Lunatic asylums Madras 1892-1911 - 1892-1911
Year: 1892
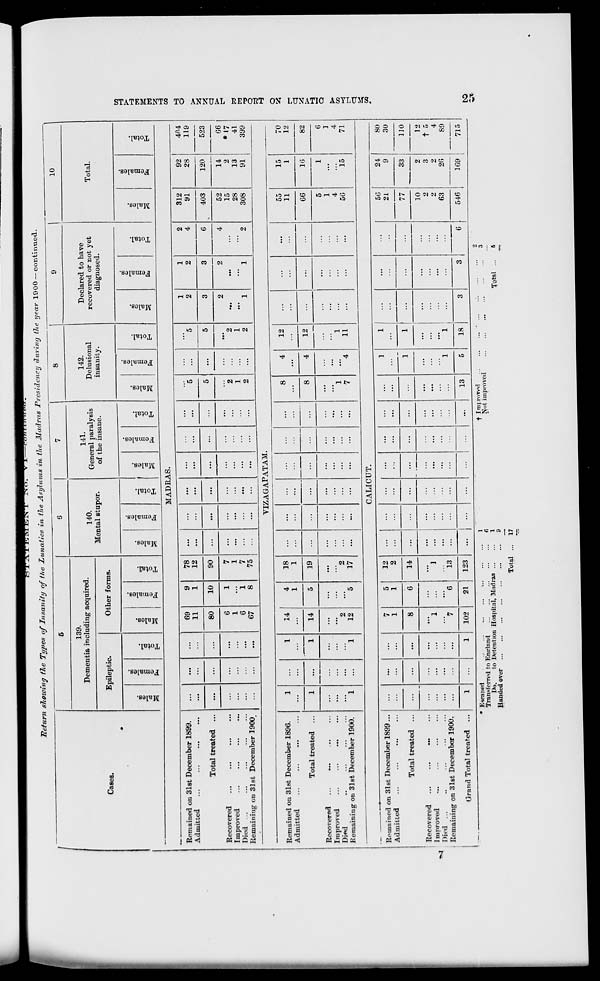
Return showing the Types of Insanity of the Lunatics in the Asylums in the Madras Presidency during the year 1900 — continued.
Cases.
139.
Dementia including acquired.
Epileptic.
D
so
Si
«3
0
-
fa
e3
-g
E-i
Other forms.
©
*3
w
o
'a
S
o
fa
o
140.
Mental stupor.
CD
O
BO
o
a
o
fa
o
H
141.
General paralysis
of the insane.
GO
1=3
_0
o
142.
Delusional
insanity.
DO
o
K
0)
'it
s c
fa
o
Declared to have
recovered or not yet
diagnosed.
CO
o
c
fa
o
10
Total.
CO
"3
MADRAS.
VIZAGAPATAM.
Remained on 31st December 1896.
Admitted
Total treated ..,
Recovered
...
...
Improved
Di«d
Remaining on 31st December 1900.
1
:::
1
1
14
4
1
18
1
...
...
...
8
4
12
1
...
14
5
19
...
...
8
4
12
...
...
...
...
...
...
...
...
...
...
...
2
...
2
...
...
...
...
1
1
1
...
l
12
5
17
...
...
...
...
...
7
4
11
55
11
G6
5
1
4
50
CALICUT.
M
Remained on 31st December 1899 ..
Admitted
Total treated ..
Recovered
Improved
I)i«-d
Remaining on 31st December 1900.
Grand Total treated ..
...
7
1
5
1
12
2
...
...
...
1
1
...
...
8
G
14
...
...
...
...
...
...
...
"l
"7
" 6
"l
13
...
••■
...
...
...
1
1
1
102
21
123
...
...
...
...
13
5
18
Escaped
TranRfcrred to England
Do.
to Detention Hospital, Madras
Handed over
Total
1
8
1
9
17
t Improved
Nut improved
Total
CO
o
'3
a
«
fa
o
EH
Remained on 31st December 1899.
Admitted
...
...
89
11
80
9
1
78
12
...
...
...
...
5
5
...
"5
1
2
1
2
2
4
312
91
92
28
404
119
Total treated ...
...
...
10
90
...
...
...
...
...
...
5
3
3
6
403
120
523
Recovered
Improved
Died
Remaining on 31st December 1900
...
...
6
1
6
67
1
i
8
7
1
7
75
...
...
...
...
...
...
2
1
2
...
*2
1
2
2
' 1
2
' 1
4
2
52
15
28
308
14
2
13
91
G6
*17
41
399
15
1
16
1
15
70
12
82
6
1
4
71
1
5G
24
21
77
9
33
10
2
2
3
2
2
63
26
G
546
1G9
1
80
30
110
12
t 5
4
89
715
>
Pi
i
i-3
O
>
a
■"0
Q
6?
to